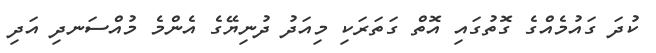
ކުދަ ގައުމެއްގެ ގޮތުގައި އޮތް ގަތަރަކި މިއަދު ދުނިޔޭގެ އެންމެ މުއްސަނދި އަދި